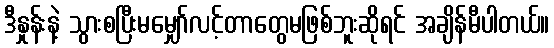
ဒီနှုန်းနဲ့ သွားစပြီးမမျှော်လင့်တာတွေမဖြစ်ဘူးဆိုရင် အချိန်မီပါတယ်။